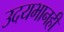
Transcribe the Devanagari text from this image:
उदयभानही